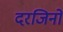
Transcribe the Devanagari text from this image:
दरजिनों